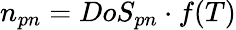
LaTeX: n_{pn}=DoS_{pn}\cdot f(T)